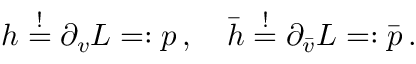
h \stackrel { ! } { = } \partial _ { v } { \cal L } = : p \, , \quad \bar { h } \stackrel { ! } { = } \partial _ { \bar { v } } { \cal L } = : \bar { p } \, .